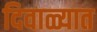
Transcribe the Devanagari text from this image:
दिवाळ्यात